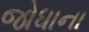
જોધાના